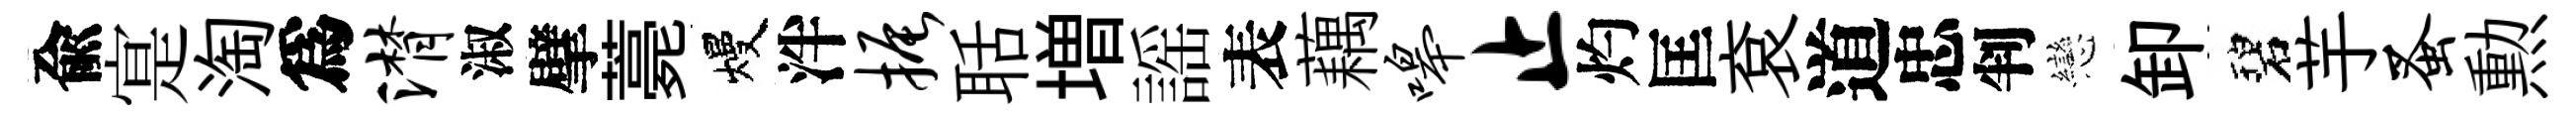
兪寔淘爲潸淑擘薧熳泮振聒増謡表藕嗥止灼匡袞道忠判戀卸碧芋蚤勲